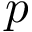
p